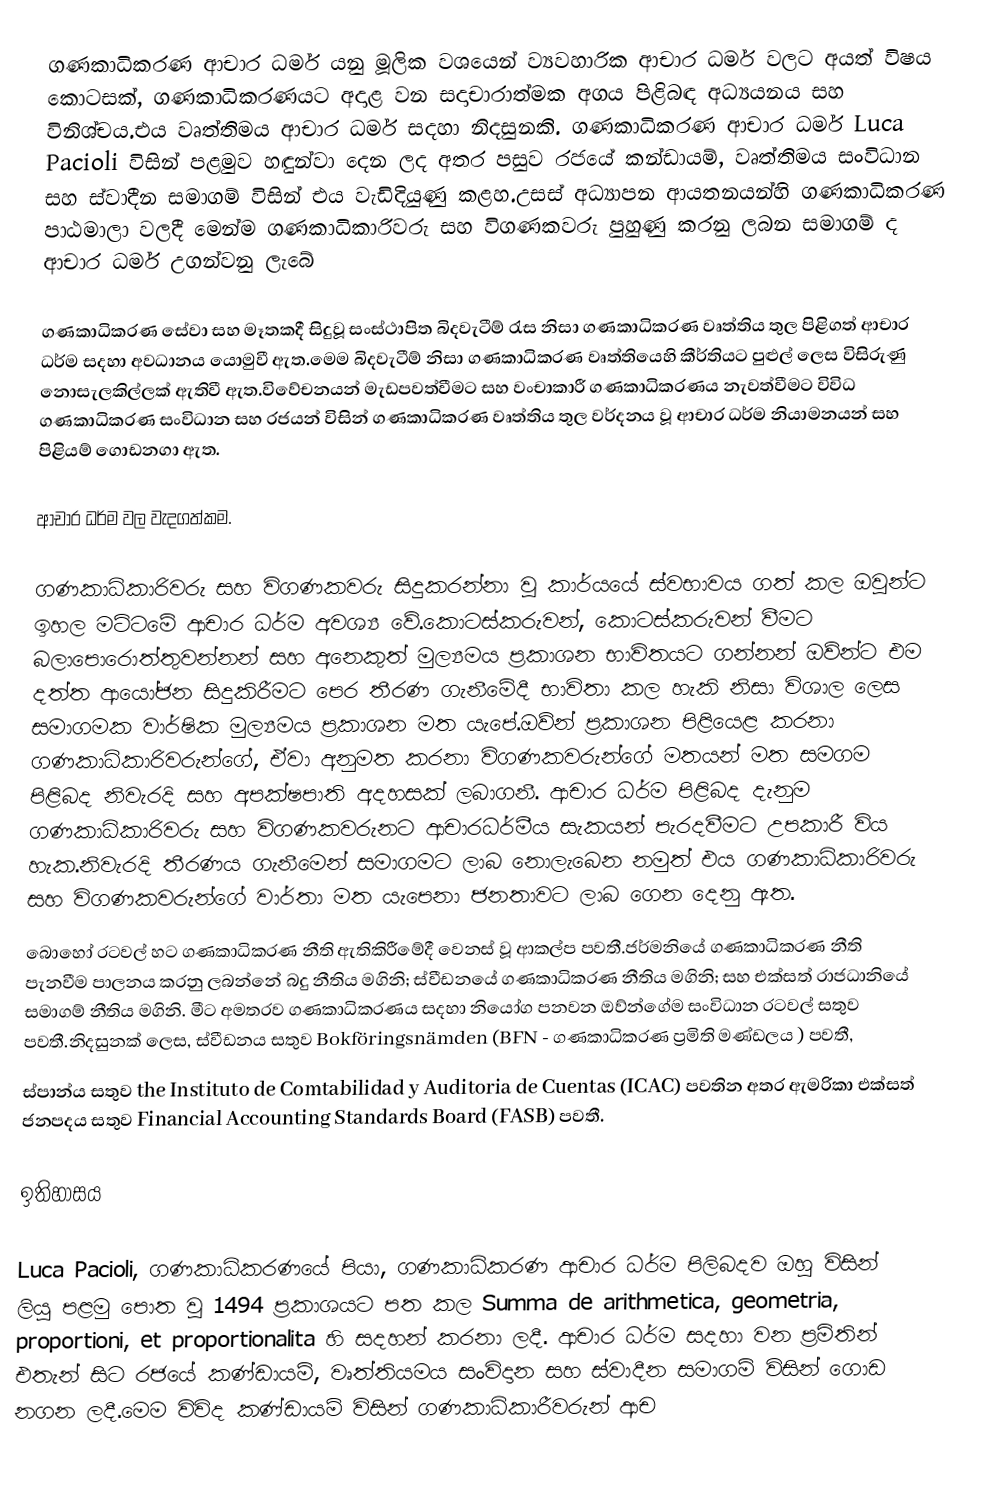
ගණකාධිකරණ ආචාර ධර්ම යනු මූලික වශයෙන්  ව්‍යවහාරික ආචාර ධර්ම වලට අයත් විෂය කොටසක්, ගණකාධිකරණයට අදාළ වන සදාචාරාත්මක අගය පිළිබඳ අධ්‍යයනය සහ විනිශ්චය.එය වෘත්තිමය ආචාර ධර්ම සදහා නිදසුනකි. ගණකාධිකරණ ආචාර ධර්ම Luca Pacioli විසින් පළමුව හඳුන්වා දෙන ලද අතර පසුව රජයේ කන්ඩායම්, වෘත්තිමය සංවිධාන සහ ස්වාදීන සමාගම් විසින් එය වැඩිදියුණු කළහ.උසස්  අධ්‍යාපන ආයතනයන්හි  ගණකාධිකරණ පාඨමාලා වලදී මෙන්ම ගණකාධිකාරිවරු සහ විගණකවරු පුහුණු කරනු ලබන සමාගම් ද ආචාර ධර්ම උගන්වනු ලැබේ

ගණකාධිකරණ සේවා සහ මෑතකදී සිදුවූ සංස්ථාපිත බිදවැටීම් රැස නිසා ගණකාධිකරණ වෘත්තිය තුල පිළිගත් ආචාර ධර්ම සදහා අවධානය යොමුවී ඇත.මෙම බිදවැටීම් නිසා ගණකාධිකරණ වෘත්තියෙහි කීර්තියට පුළුල් ලෙස විසිරුණු නොසැලකිල්ලක් ඇතිවී ඇත.විවේචනයන් මැඩපවත්වීමට සහ වංචාකාරී ගණකාධිකරණය නැවත්වීමට විවිධ ගණකාධිකරණ සංවිධාන සහ රජයන් විසින් ගණකාධිකරණ වෘත්තිය තුල වර්දනය වූ ආචාර ධර්ම නියාමනයන් සහ පිළියම් ගොඩනගා ඇත.

ආචාර ධර්ම වල වැදගත්කම.

ගණකාධිකාරිවරු සහ විගණකවරු සිදුකරන්නා වූ කාර්යයේ ස්වභාවය ගත් කල  ඔවුන්ට ඉහල මට්ටමේ ආචාර ධර්ම අවශ්‍ය වේ.කොටස්කරුවන්, කොටස්කරුවන් වීමට බලාපොරොත්තුවන්නන් සහ අනෙකුත් මුල්‍යමය ප්‍රකාශන භාවිතයට ගන්නන් ඔව්න්ට එම දත්ත ආයෝජන සිදුකිරීමට පෙර තීරණ ගැනීමේදී භාවිතා කල හැකි නිසා විශාල ලෙස සමාගමක වාර්ෂික මුල්‍යමය ප්‍රකාශන මත යැපේ.ඔව්න් ප්‍රකාශන පිළියෙළ කරනා ගණකාධිකාරිවරුන්ගේ, ඒවා අනුමත කරනා විගණකවරුන්ගේ මතයන් මත සමගම පිළිබද නිවැරදි සහ අපක්ෂපාති අදහසක් ලබාගනී. ආචාර ධර්ම පිළිබද දැනුම ගණකාධිකාරිවරු සහ විගණකවරුනට ආචාරධර්මීය සැකයන් පැරදවීමට  උපකාරී විය හැක.නිවැරදි තීරණය ගැනීමෙන් සමාගමට ලාබ නොලැබෙන නමුත් එය ගණකාධිකාරිවරු සහ විගණකවරුන්ගේ වාර්තා මත යැපෙනා ජනතාවට ලාබ ගෙන දෙනු ඇත.
බොහෝ රටවල් හට ගණකාධිකරණ නීති ඇතිකිරීමේදී  වෙනස් වූ ආකල්ප පවතී.ජර්මනියේ ගණකාධිකරණ නීති පැනවීම පාලනය කරනු ලබන්නේ බදු නීතිය මගිනි; ස්වීඩනයේ ගණකාධිකරණ නීතිය මගිනි; සහ එක්සත් රාජධානියේ සමාගම් නීතිය මගිනි. මීට අමතරව ගණකාධිකරණය සදහා නියෝග පනවන ඔව්න්ගේම සංවිධාන රටවල් සතුව පවතී.නිදසුනක් ලෙස, ස්වීඩනය සතුව Bokföringsnämden (BFN - ගණකාධිකරණ ප්‍රමිති මණ්ඩලය ) පවතී,
ස්පාන්ය සතුව the Instituto de Comtabilidad y Auditoria de Cuentas (ICAC) පවතින අතර ඇමරිකා එක්සත් ජනපදය සතුව  Financial Accounting Standards Board (FASB) පවතී.

ඉතිහාසය

Luca Pacioli, ගණකාධිකරණයේ පියා, ගණකාධිකරණ ආචාර ධර්ම පිලිබදව ඔහු විසින් ලියු පළමු පොත වූ 1494 ප්‍රකාශයට පත කල Summa de arithmetica, geometria, proportioni, et proportionalita හි සදහන් කරනා ලදී. ආචාර ධර්ම සදහා වන ප්‍රමිතින් එතැන් සිට රජයේ කණ්ඩායම්, වෘත්තියමය සංවිදාන සහ ස්වාදීන සමාගම්  විසින් ගොඩ නගන ලදී.මෙම විවිද කණ්ඩායම් විසින් ගණකාධිකාරීවරුන් ආච